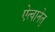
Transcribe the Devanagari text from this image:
ऐत्वानेत्